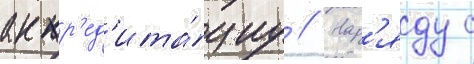
аккр'ед'ита́циу // Нар'яду с